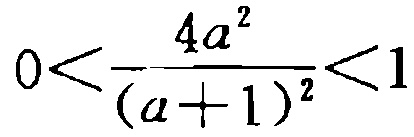
\(0<\frac{4a^{2}}{(a + 1)^{2}}<1\)